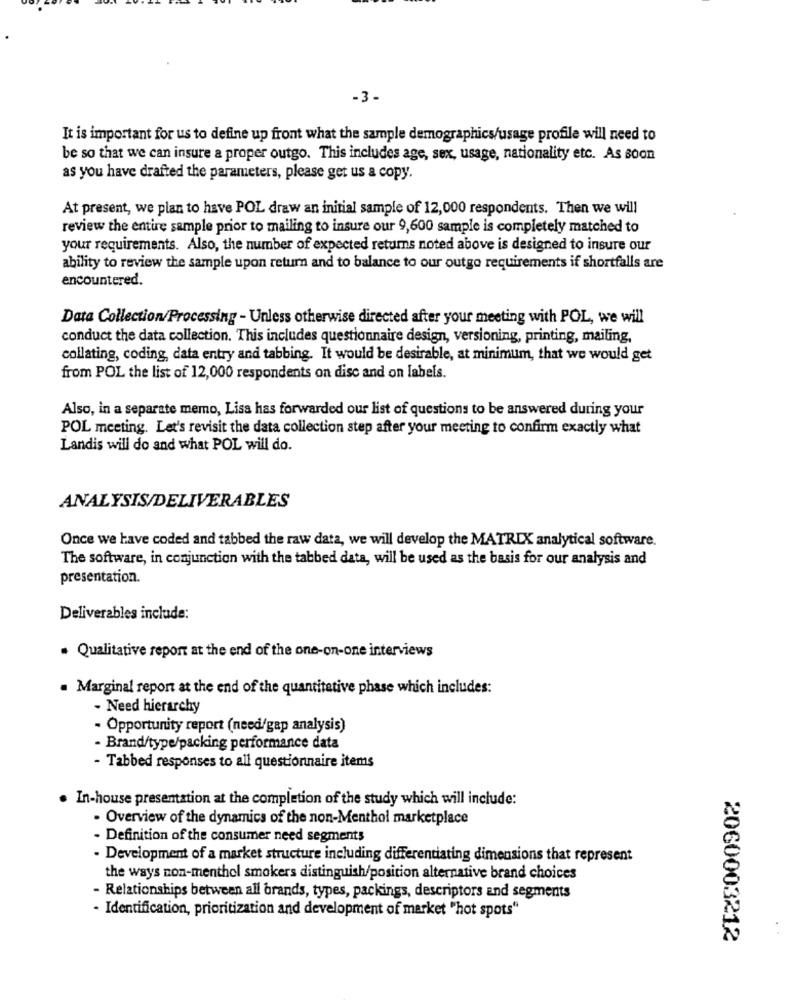
-3-
It is important for us to define up front what the sample demographics/usage profile will need to
be so that we can insure a proper outgo. This includes age, sex, usage, nationality etc. As soon
as you have drafted the parameters, please get us a copy.
At present, we plan to have POL draw an initial sample of 12,000 respondents. Then we will
review the entire sample prior to mailing to insure our 9,600 sample is completely matched to
your requirements. Also, the number of expected returns noted above is designed to insure our
ability to review the sample upon return and to balance to our outgo requirements if shortfalls are
encountered.
Data Collection/Processing - Unless otherwise directed after your meeting with POL, we will
conduct the data collection. This includes questionnaire design, versioning, printing, mailing,
collating, coding, data entry and tabbing. It would be desirable, at minimum, that we would get
from POL the list of 12,000 respondents on disc and on labels.
Also, in a separate memo, Lisa has forwarded our list of questions to be answered during your
POL meeting. Let's revisit the data collection step after your meeting to confirm exactly what
Landis will do and what POL will do.
ANALYSIS/DELIVERABLES
Once we have coded and tabbed the raw data, we will develop the MATRIX analytical software.
The software, in conjunction with the tabbed data, will be used as the basis for our analysis and
presentation.
Deliverables include:
. Qualitative report at the end of the one-on-one interviews
. Marginal report at the end of the quantitative phase which includes:
- Need hierarchy
- Opportunity report (need/gap analysis)
- Brand/type/packing performance data
- Tabbed responses to all questionnaire items
In-house presentation at the completion of the study which will include:
- Overview of the dynamics of the non-Menthol marketplace
- Definition of the consumer need segments
- Development of a market structure including differentiating dimensions that represent
the ways non-menthol smokers distinguish/position alternative brand choices
- Relationships between all brands, types, packings, descriptors and segments
- Identification, prioritization and development of market "hot spots"
2060003212